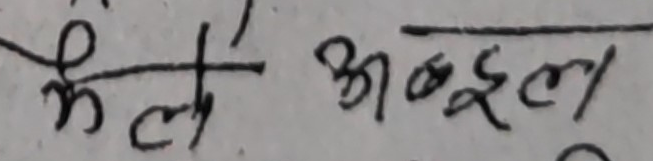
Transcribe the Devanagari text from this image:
मैले अब्दुल